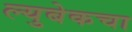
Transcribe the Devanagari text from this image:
ल्युबेकचा